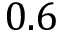
0 . 6